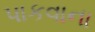
પાકવાના